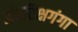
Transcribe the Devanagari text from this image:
अंतरिक्षगंगा